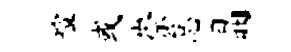
喧或崇怠晶